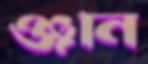
ঞ্জান